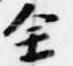
全